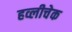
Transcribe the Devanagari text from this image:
हव्लीचेक